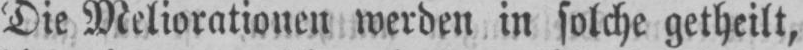
Die Meliorationen werden in solche getheilt,